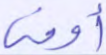
أوفى